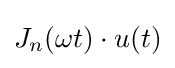
J_{n}(\omega t)\cdot u(t)